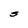
Character: S